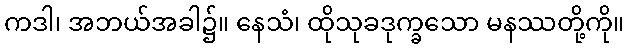
ကဒါ၊ အဘယ်အခါ၌။ နေသံ၊ ထိုသုခဒုက္ခသော မနဿတို့ကို။